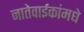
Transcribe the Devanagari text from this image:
नातेवाईकांमधे